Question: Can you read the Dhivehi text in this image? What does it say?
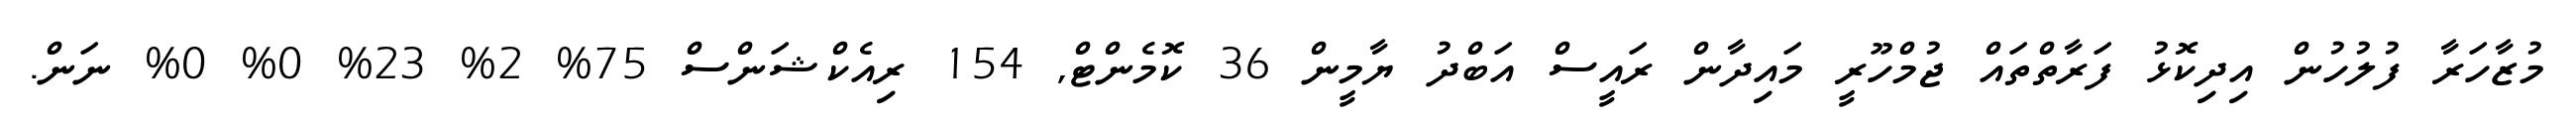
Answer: މުޒާހަރާ ފުލުހުން އިދިކޮޅު ފަރާތްތައް ޖުމްހޫރީ މައިދާން ރައީސް އަބްދު ޔާމީން 36 ކޮމެންޓް, 154 ރިއެކްޝަންސް 75% 2% 23% 0% 0% ނަން.